Scottish Leaving Certificate Examination, 1961
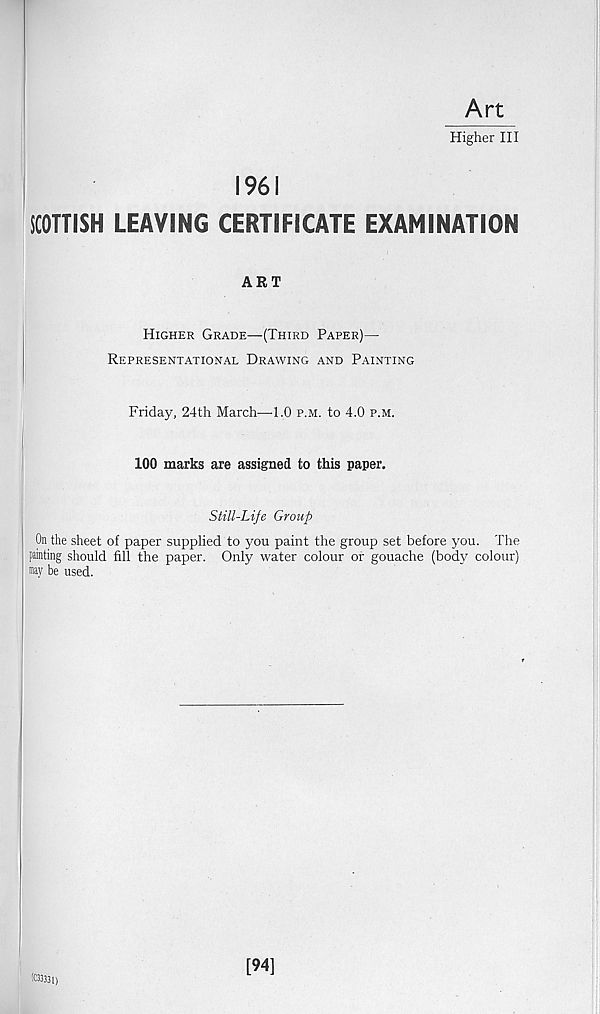
Art
Higher III
1961
SCOTTISH LEAVING CERTIFICATE EXAMINATION
ART
Higher Grade—(Third Paper)—
Representational Drawing and Painting
Friday, 24th March—TO p.m. to 4.0 f.m.
100 marks are assigned to this paper.
Still-Life Group
On the sheet of paper supplied to you paint the group set before you. The
painting should fill the paper. Only water colour or gouache (body colour)
may be used.
(0J3331)
[94]